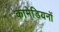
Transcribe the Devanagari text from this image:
कामेडियनों